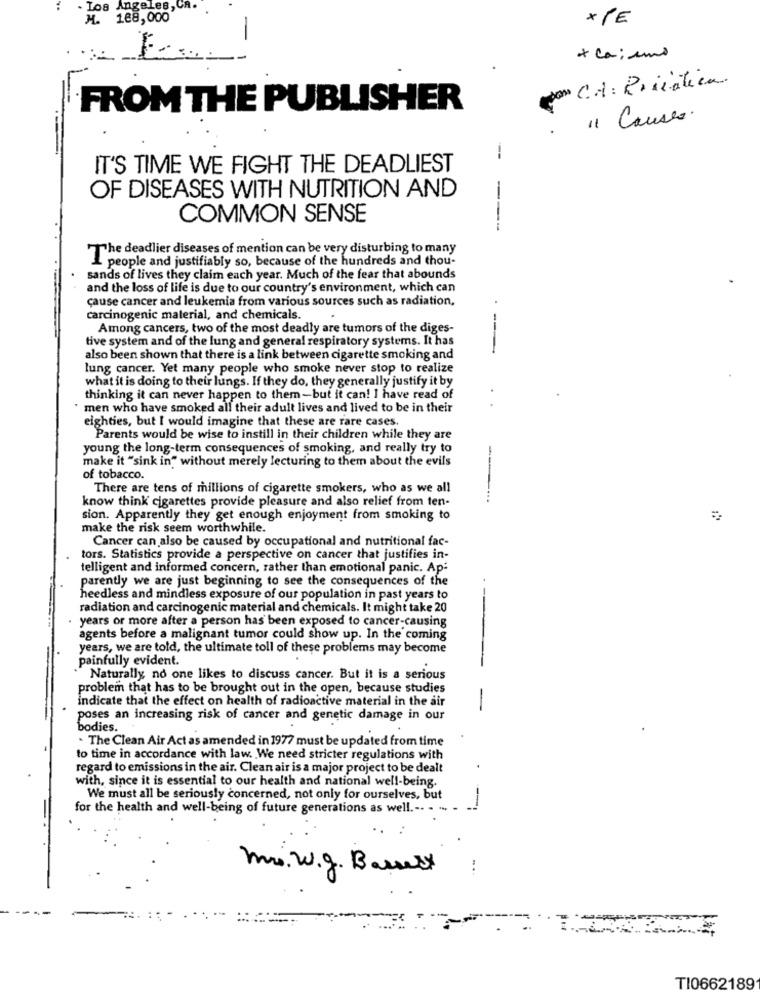
. Los Angeles
H. 188,000
* PE
-
* cairns
con C.A. R.iiatica
FROM THE PUBLISHER
" Causes.
IT'S TIME WE FIGHT THE DEADLIEST
OF DISEASES WITH NUTRITION AND
COMMON SENSE
---
The deadlier diseases of mention can be very disturbing to many
1 people and justifiably so, because of the hundreds and thou-
sands of lives they claim each year. Much of the fear that abounds
and the loss of life is due to our country's environment, which can
cause cancer and leukemia from various sources such as radiation,
carcinogenic material, and chemicals.
Among cancers, two of the most deadly are tumors of the diges-
tive system and of the lung and general respiratory systems. It has
---
also been shown that there is a link between cigarette smoking and
lung cancer. Yet many people who smoke never stop to realize
what it is doing to their lungs. If they do, they generally justify it by
thinking it can never happen to them-but it can! I have read of
" men who have smoked all their adult lives and lived to be in their
eighties, but I would imagine that these are rare cases.
Parents would be wise to instill in their children while they are
young the long-term consequences of smoking, and really try to
make it "sink in" without merely lecturing to them about the evils
of tobacco.
There are tens of millions of cigarette smokers, who as we all
know think cigarettes provide pleasure and also relief from ten-
sion. Apparently they get enough enjoyment from smoking to
make the risk seem worthwhile.
Cancer can also be caused by occupational and nutritional fac-
tors. Statistics provide a perspective on cancer that justifies in-
telligent and informed concern, rather than emotional panic. Ap:
parently we are just beginning to see the consequences of the
heedless and mindless exposure of our population in past years to
radiation and carcinogenic material and chemicals. It might take 20
years or more after a person has been exposed to cancer-causing
agents before a malignant tumor could show up. In the coming
years, we are told, the ultimate toll of these problems may become
painfully evident.
Naturally no one likes to discuss cancer. But it is a serious
problem that has to be brought out in the open, because studies
indicate that the effect on health of radioactive material in the air
-
poses an increasing risk of cancer and genetic damage in our
bodies.
. The Clean Air Act as amended in 1977 must be updated from time
to time in accordance with law. We need stricter regulations with
regard to emissions in the air. Clean air is a major project to be dealt
with, since it is essential to our health and national well-being.
We must all be seriously concerned, not only for ourselves, but
for the health and well-being of future generations as well .-. . ...
mr. w.g. Basert
..
TI0662189